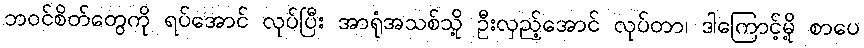
ဘဝင်စိတ်တွေကို ရပ်အောင် လုပ်ပြီး အာရုံအသစ်သို့ ဦးလှည့်အောင် လုပ်တာ၊ ဒါကြောင့်မို့ စာပေ